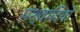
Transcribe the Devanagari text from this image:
पश्वादियों